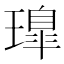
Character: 𤩢